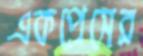
একপ্রেসের